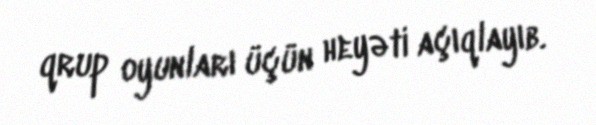
qrup oyunları üçün heyəti açıqlayıb.